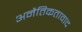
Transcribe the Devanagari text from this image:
अनैतिकतावाद